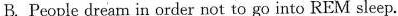
B.People dream in order not to go into REM sleep.